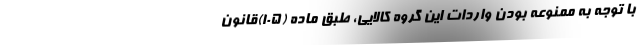
با توجه به ممنوعه بودن واردات این گروه کالایی، طبق ماده (۱۰۵)قانون